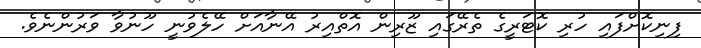
ފިނިކޮށްފައި ހުރި ކޮޓަރީގެ ތެރޭގައި ޒޫރިން އޮތްއިރު އޭނާއަށް ހޭލެވުނީ ހޫނުވާ ވަރުންނެވެ.